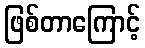
ဖြစ်တာကြောင့်